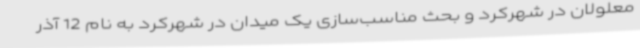
معلولان در شهرکرد و بحث مناسب‌سازی یک میدان در شهرکرد به نام 12 آذر